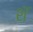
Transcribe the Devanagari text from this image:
शॅ